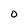
Character: O